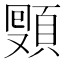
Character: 𩓔